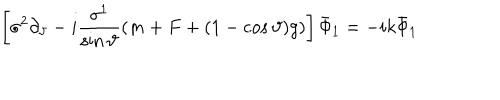
LaTeX: \left[ \sigma ^ { 2 } \partial _ { \vartheta } - i \frac { \sigma ^ { 1 } } { \sin \vartheta } ( m + F + ( 1 - \cos \vartheta ) g ) \right] \bar { \Phi } _ { 1 } = - i k \bar { \Phi } _ { 1 }